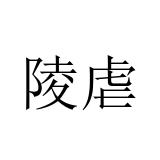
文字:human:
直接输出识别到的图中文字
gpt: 陵虐